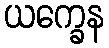
ယက္ခေန